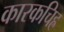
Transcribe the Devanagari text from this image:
कारकचिह्र